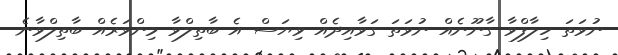
ނުވަތަ ހިލާފްވާ ގާނޫނެއް ނުވަތަ ގަވާއިދެއް ވިޔަސް އެ ބާތިލްވާ މިންވަރެއް ބާތިލްވާނެ